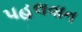
પહલવાન